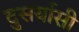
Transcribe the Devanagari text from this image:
दुसर्यासी